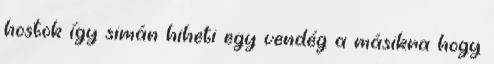
hostok így simán hiheti egy vendég a másikra hogy